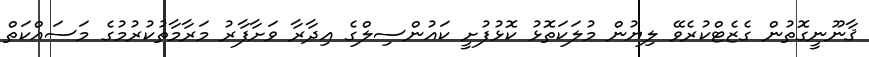
ޤާނޫނީގޮތުން ގެޒެޓްކުރެވޭ ލިޔުން މުލަކަތޮޅު ކޮޅުފުށީ ކައުންސިލްގެ އިދާރާ ވަށާފާރު މަރާމާތުކުރުމުގެ މަސައްކަތް